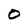
Character: O